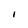
Character: I